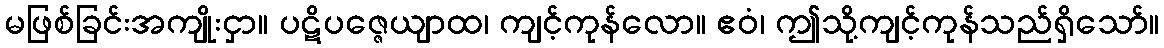
မဖြစ်ခြင်းအကျိုးငှာ။ ပဋိပဇ္ဇေယျာထ၊ ကျင့်ကုန်လော။ ဧဝံ၊ ဤသို့ကျင့်ကုန်သည်ရှိသော်။